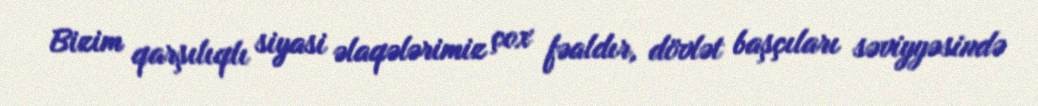
Bizim qarşılıqlı siyasi əlaqələrimiz çox fəaldır, dövlət başçıları səviyyəsində